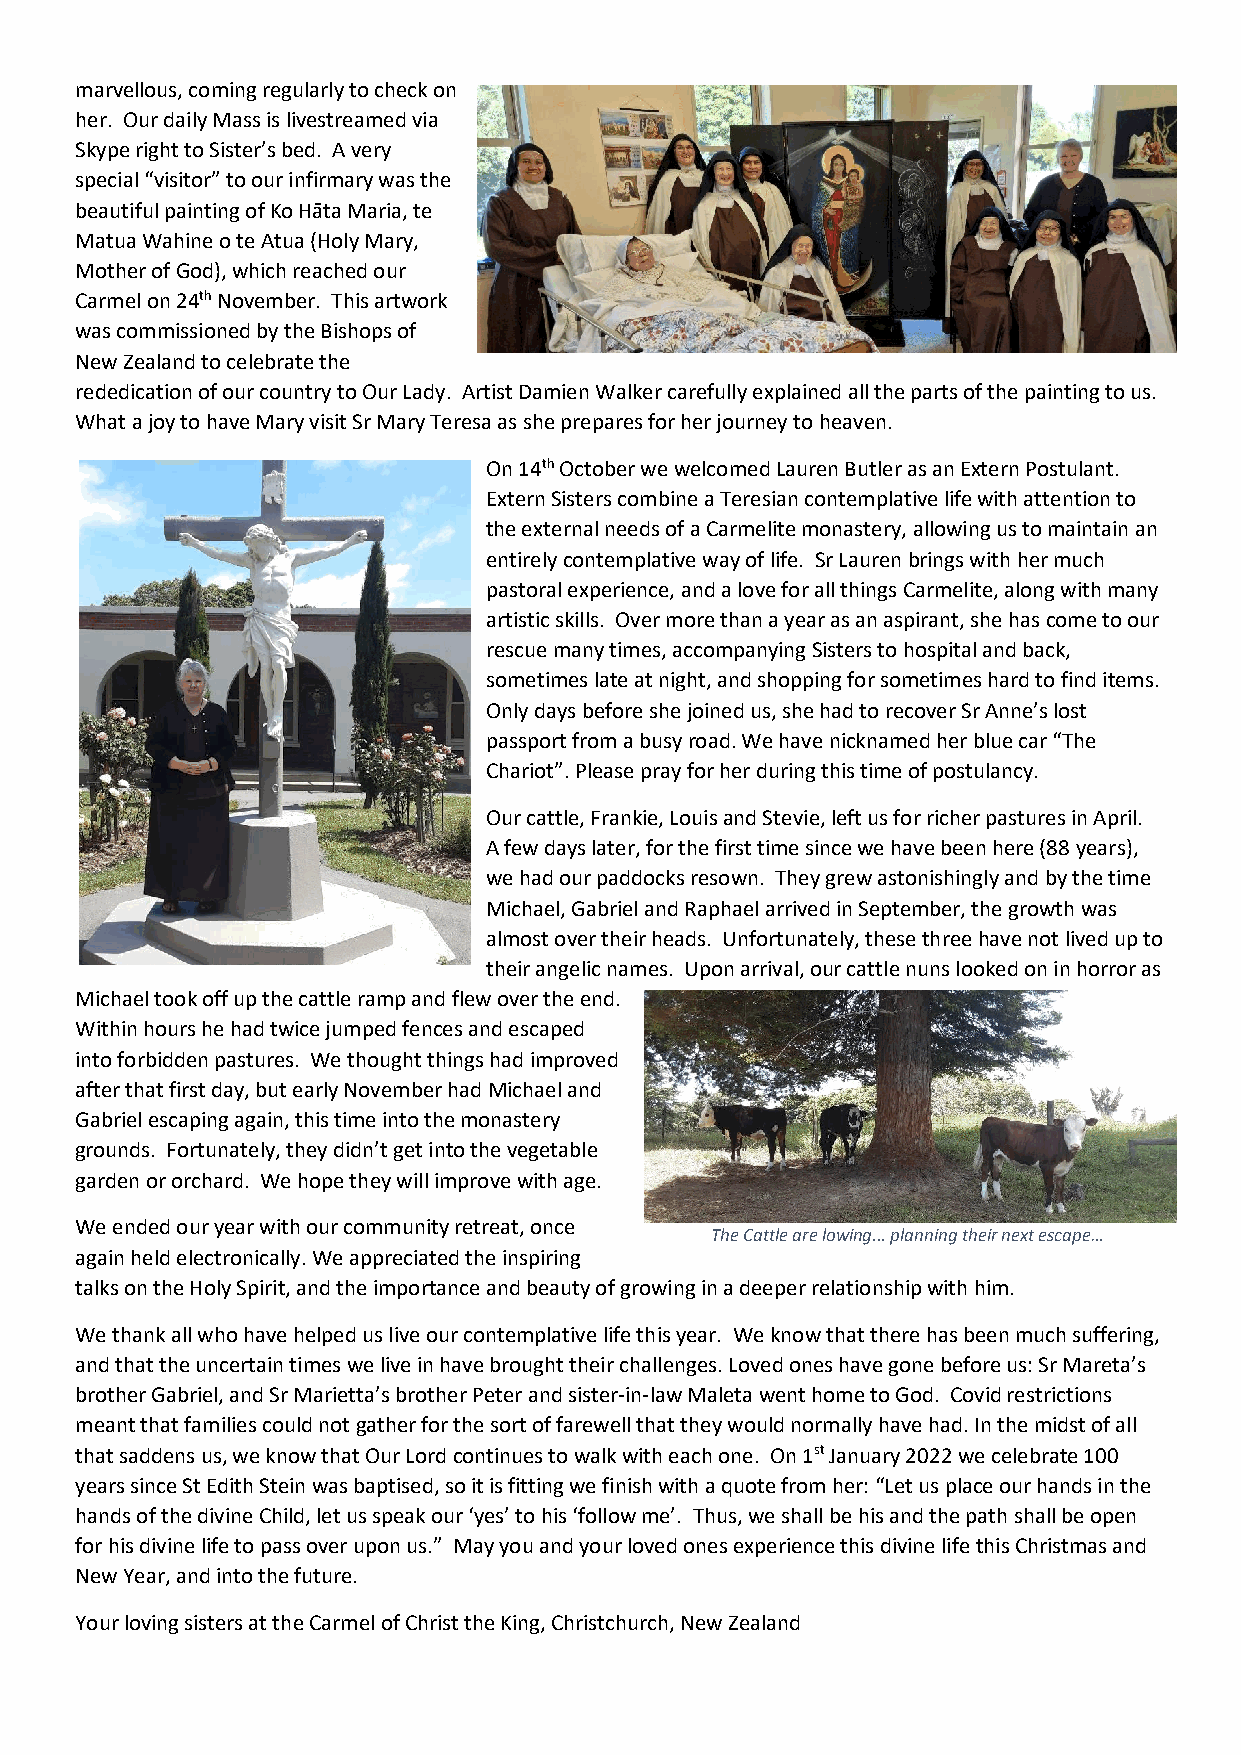
marvellous, coming regularly to check on
 her. Our daily Mass is livestreamed via
 Skype right to Sister’s bed. A very
 special “visitor” to our infirmary was the
 beautiful painting of Ko Hāta Maria, te
 Matua Wahine o te Atua (Holy Mary,
 Mother of God), which reached our
 Carmel on 24th November. This artwork
 was commissioned by the Bishops of
 New Zealand to celebrate the
 rededication of our country to Our Lady. Artist Damien Walker carefully explained all the parts of the painting to us.
 What a joy to have Mary visit Sr Mary Teresa as she prepares for her journey to heaven.
 On 14th October we welcomed Lauren Butler as an Extern Postulant.
 Extern Sisters combine a Teresian contemplative life with attention to
 the external needs of a Carmelite monastery, allowing us to maintain an
 entirely contemplative way of life. Sr Lauren brings with her much
 pastoral experience, and a love for all things Carmelite, along with many
 artistic skills. Over more than a year as an aspirant, she has come to our
 rescue many times, accompanying Sisters to hospital and back,
 sometimes late at night, and shopping for sometimes hard to find items.
 Only days before she joined us, she had to recover Sr Anne’s lost
 passport from a busy road. We have nicknamed her blue car “The
 Chariot”. Please pray for her during this time of postulancy.
 Our cattle, Frankie, Louis and Stevie, left us for richer pastures in April.
 A few days later, for the first time since we have been here (88 years),
 we had our paddocks resown. They grew astonishingly and by the time
 Michael, Gabriel and Raphael arrived in September, the growth was
 almost over their heads. Unfortunately, these three have not lived up to
 their angelic names. Upon arrival, our cattle nuns looked on in horror as
 Michael took off up the cattle ramp and flew over the end.
 Within hours he had twice jumped fences and escaped
 into forbidden pastures. We thought things had improved
 after that first day, but early November had Michael and
 Gabriel escaping again, this time into the monastery
 grounds. Fortunately, they didn’t get into the vegetable
 garden or orchard. We hope they will improve with age.
 We ended our year with our community retreat, once
 The Cattle are lowing... planning their next escape…
 again held electronically. We appreciated the inspiring
 talks on the Holy Spirit, and the importance and beauty of growing in a deeper relationship with him.
 We thank all who have helped us live our contemplative life this year. We know that there has been much suffering,
 and that the uncertain times we live in have brought their challenges. Loved ones have gone before us: Sr Mareta’s
 brother Gabriel, and Sr Marietta’s brother Peter and sister-in-law Maleta went home to God. Covid restrictions
 meant that families could not gather for the sort of farewell that they would normally have had. In the midst of all
 that saddens us, we know that Our Lord continues to walk with each one. On 1st January 2022 we celebrate 100
 years since St Edith Stein was baptised, so it is fitting we finish with a quote from her: “Let us place our hands in the
 hands of the divine Child, let us speak our ‘yes’ to his ‘follow me’. Thus, we shall be his and the path shall be open
 for his divine life to pass over upon us.” May you and your loved ones experience this divine life this Christmas and
 New Year, and into the future.
 Your loving sisters at the Carmel of Christ the King, Christchurch, New Zealand